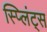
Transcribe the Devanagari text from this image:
स्प्लिंट्स